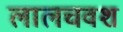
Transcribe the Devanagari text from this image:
लालचवश